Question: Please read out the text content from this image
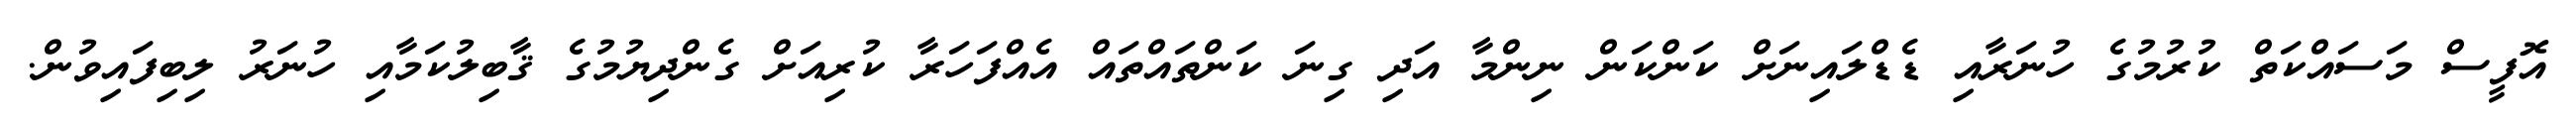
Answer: އޮފީސް މަސައްކަތް ކުރުމުގެ ހުނަރާއި ޑެޑްލައިނަށް ކަންކަން ނިންމާ އަދި ގިނަ ކަންތައްތައް އެއްފަހަރާ ކުރިއަށް ގެންދިޔުމުގެ ޤާބިލުކަމާއި ހުނަރު ލިބިފައިވުން.